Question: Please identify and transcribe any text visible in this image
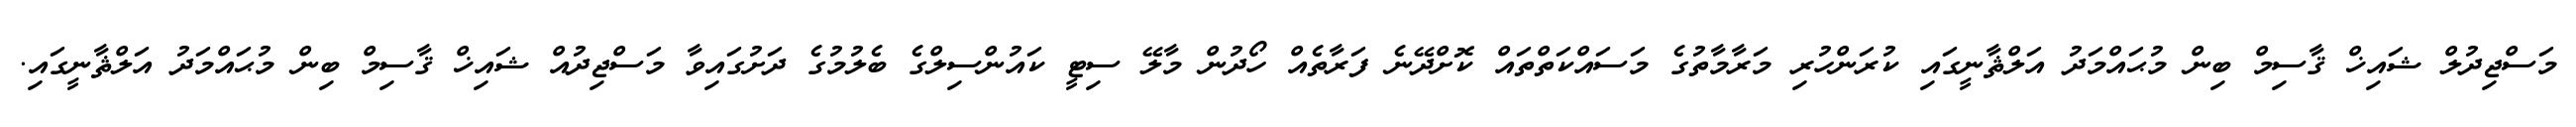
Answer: މަސްޖިދުލް ޝައިޚް ޤާސިމް ބިން މުޙައްމަދު އަލްޘާނީގައި ކުރަންހުރި މަރާމާތުގެ މަސައްކަތްތައް ކޮށްދޭނެ ފަރާތެއް ހޯދުން މާލޭ ސިޓީ ކައުންސިލްގެ ބެލުމުގެ ދަށުގައިވާ މަސްޖިދުއް ޝައިޚް ޤާސިމް ބިން މުޙައްމަދު އަލްޘާނީގައި.